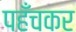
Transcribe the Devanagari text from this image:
पहँचकर